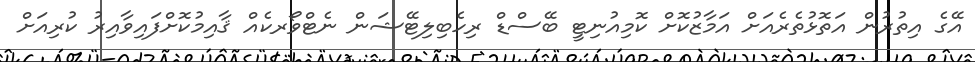
އޭގެ އިތުރުން އަތޮޅުތެރެއަށް އަމާޒުކޮށް ކޮމިއުނިޓީ ބޭސްޑް ރިހެބިލިޓޭޝަން ނެޓްވޯރކެއް ޤާއިމުކޮށްފައިވާއިރު ކުރިއަށް